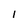
Character: 1